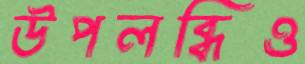
উপলব্ধিও